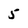
Character: 5